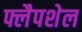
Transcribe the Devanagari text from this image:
फ्लैपशेल